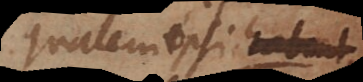
qualem ipsi habent,